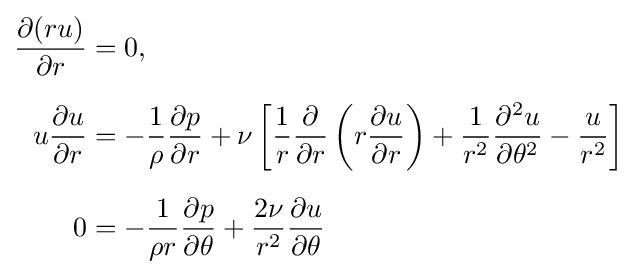
{\begin{aligned}{\frac {\partial (ru)}{\partial r}}&=0,\\[6pt]u{\frac {\partial u}{\partial r}}&=-{\frac {1}{\rho }}{\frac {\partial p}{\partial r}}+\nu \left[{\frac {1}{r}}{\frac {\partial }{\partial r}}\left(r{\frac {\partial u}{\partial r}}\right)+{\frac {1}{r^{2}}}{\frac {\partial ^{2}u}{\partial \theta ^{2}}}-{\frac {u}{r^{2}}}\right]\\[6pt]0&=-{\frac {1}{\rho r}}{\frac {\partial p}{\partial \theta }}+{\frac {2\nu }{r^{2}}}{\frac {\partial u}{\partial \theta }}\end{aligned}}